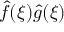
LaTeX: { \hat { f } } ( \xi ) { \hat { g } } ( \xi )